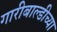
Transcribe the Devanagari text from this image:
गारीबाल्डीच्या